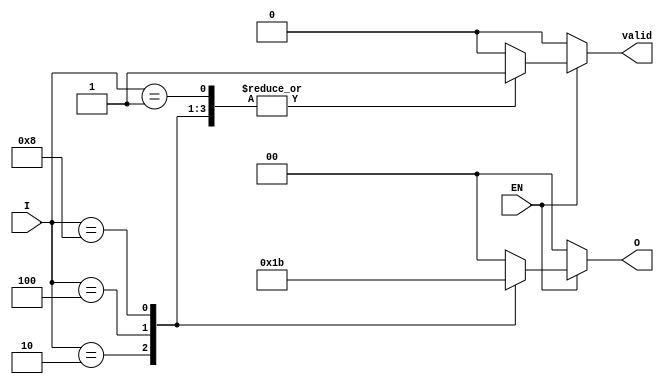
module one_of_n_encoder (
    input wire [3:0] I,    // 4 input lines
    input wire EN,         // Enable signal
    output reg [1:0] O,    // 2 output lines (log2(4) = 2)
    output reg valid       // Indicates if the output is valid
);

    always @(*) begin
        if (!EN) begin
            O = 2'b00;      // If EN is low, output is defined state (00)
            valid = 1'b0;   // Output is not valid
        end else begin
            case (I)
                4'b0001: begin
                    O = 2'b00; // I[0] is high
                    valid = 1'b1;
                end
                4'b0010: begin
                    O = 2'b01; // I[1] is high
                    valid = 1'b1;
                end
                4'b0100: begin
                    O = 2'b10; // I[2] is high
                    valid = 1'b1;
                end
                4'b1000: begin
                    O = 2'b11; // I[3] is high
                    valid = 1'b1;
                end
                default: begin
                    O = 2'b00; // Undefined state (multiple inputs high or all low)
                    valid = 1'b0; // Output is not valid
                end
            endcase
        end
    end

endmodule